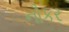
નૌકર